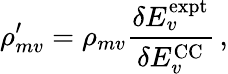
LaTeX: \rho_{mv}^{\prime}=\rho_{mv}\frac{\delta E_{v}^{\mathrm{expt}}}{\delta E_{v}^{\mathrm{CC}}}\, ,